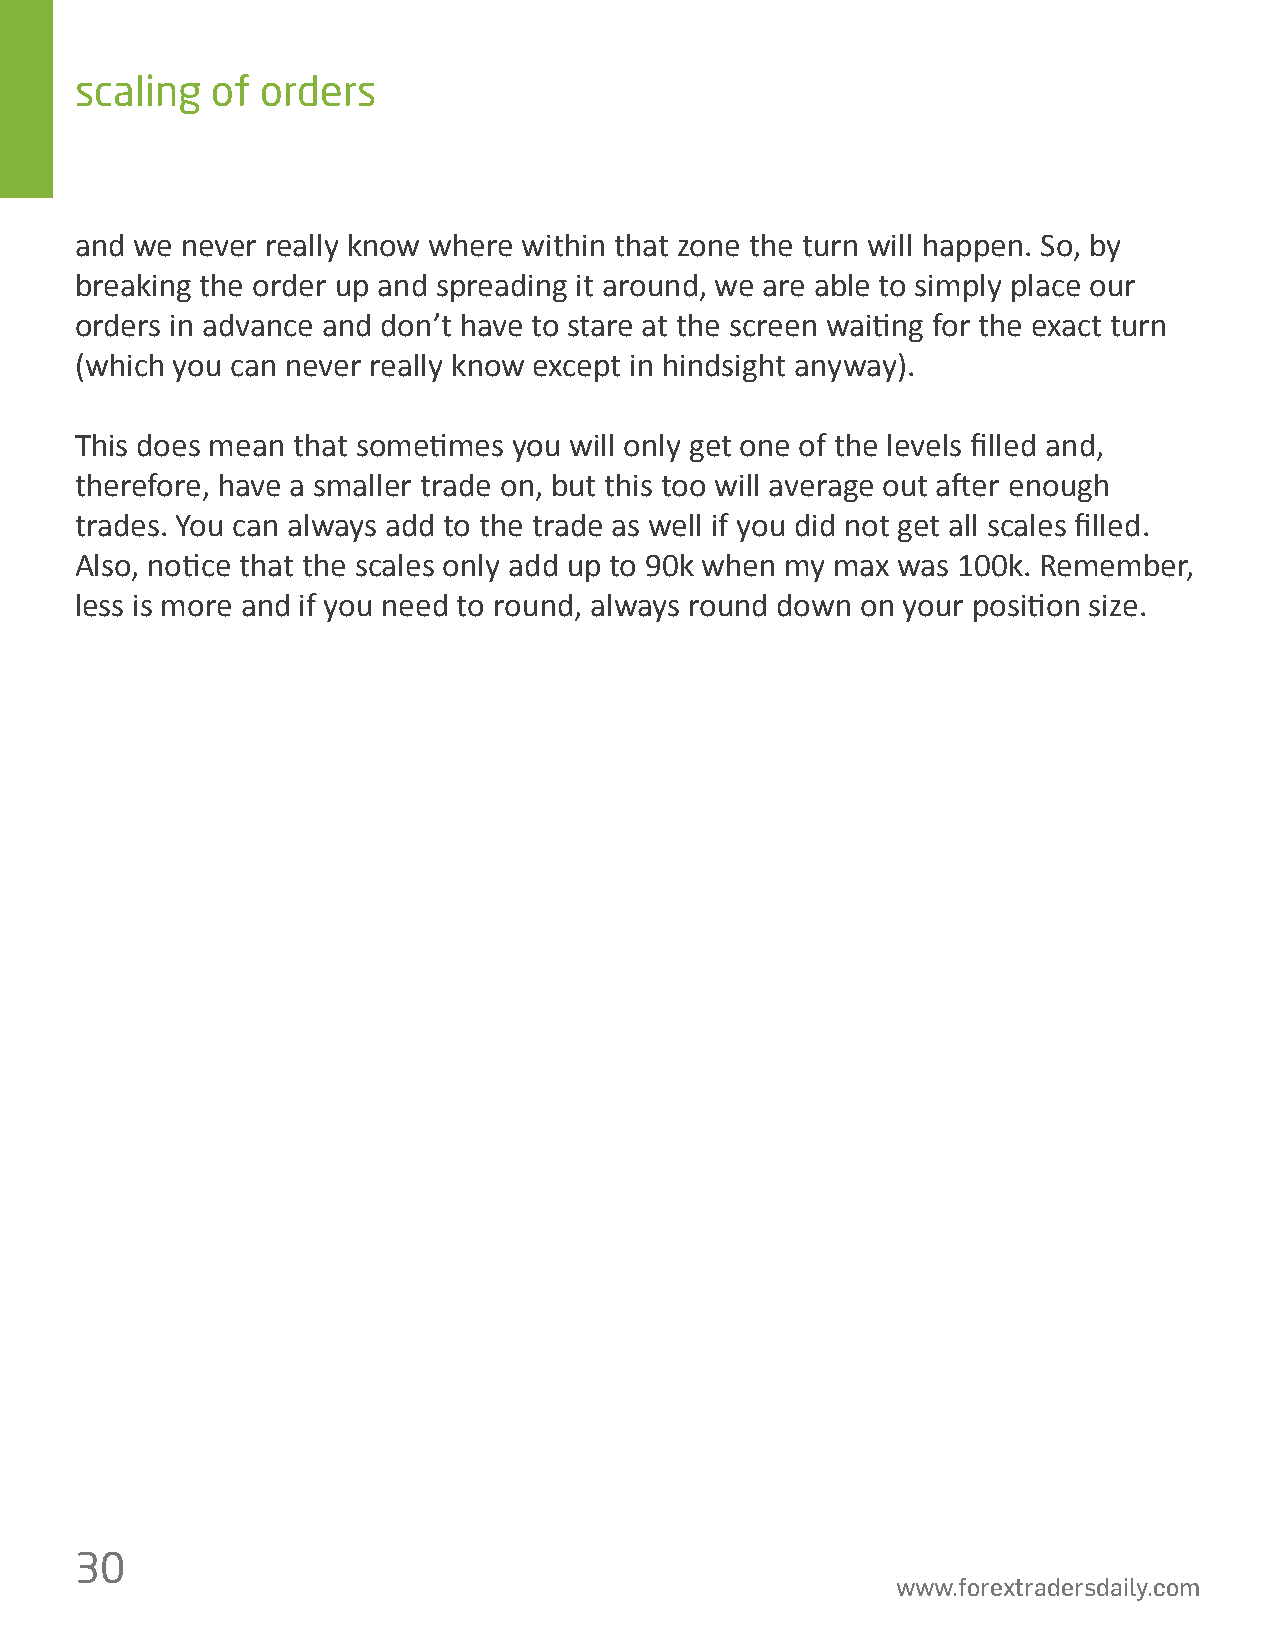
scaling  of orders
 and we never really know where within that zone the turn will happen. So, by
 breaking the order up and spreading it around, we are able to simply place our
 orders in advance and don’t have to stare at the screen wai琀椀ng for the exact turn
 (which you can never really know except in hindsight anyway).
 This does mean that some琀椀mes you will only get one of the levels 昀椀lled and,
 therefore, have a smaller trade on, but this too will average out a昀琀er enough
 trades. You can always add to the trade as well if you did not get all scales 昀椀lled.
 Also, no琀椀ce that the scales only add up to 90k when my max was 100k. Remember,
 less is more and if you need to round, always round down on your posi琀椀on size.
 30
 www.forextradersdaily.com